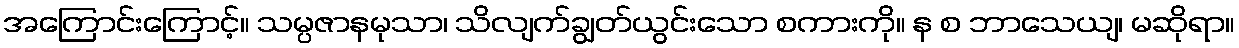
အကြောင်းကြောင့်။ သမ္ပဇာနမုသာ၊ သိလျက်ချွတ်ယွင်းသော စကားကို။ န စ ဘာသေယျ၊ မဆိုရာ။